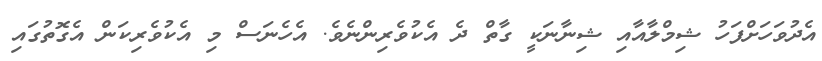
އެދުވަހަށްފަހު ޝިމްލާއާއި ޝިނާނަކީ ގާތް ދެ އެކުވެރިންނެވެ. އެހެނަސް މި އެކުވެރިކަން އެގޮތުގައި